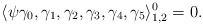
\begin{align*}\langle \psi\gamma_0,\gamma_1,\gamma_2,\gamma_3,\gamma_4,\gamma_5\rangle_{1,2}^0=0.\end{align*}